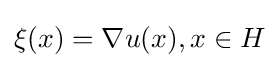
\xi (x)=\nabla u(x),x\in H